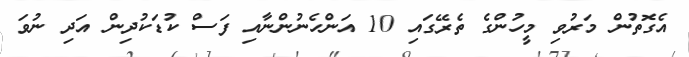
އެގޮތުން މަރުވި މީހުންގެ ތެރޭގައި 10 އަންހެނުންނާއި ފަސް ކުޑަކުދިން އަދި ނުވަ